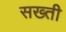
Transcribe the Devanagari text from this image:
सख्‍ती